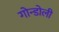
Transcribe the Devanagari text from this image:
गोन्डोली